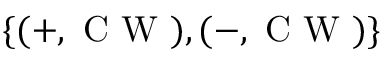
\{ ( + , \mathrm { ~ C ~ W ~ } ) , ( - , \mathrm { ~ C ~ W ~ } ) \}